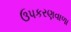
ઉપકરણવાળા